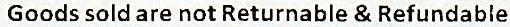
GOODS SOLD ARE NOT RETURNABLE & REFUNDABLE